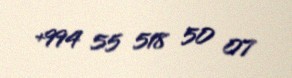
+994 55 518 50 07